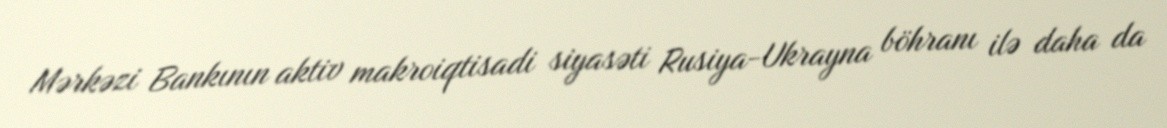
Mərkəzi Bankının aktiv makroiqtisadi siyasəti Rusiya-Ukrayna böhranı ilə daha da